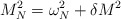
\begin{align*}M_N^2=\omega_N^2+\delta M^2\end{align*}